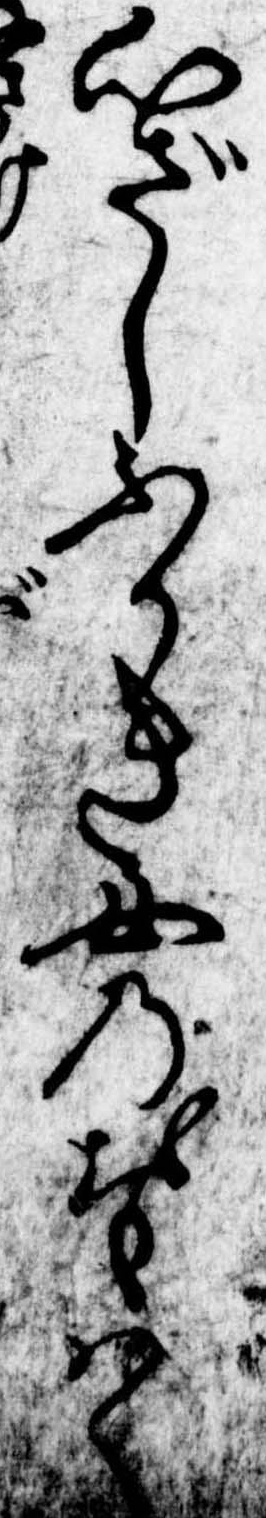
心ざしふかき女のおもはく